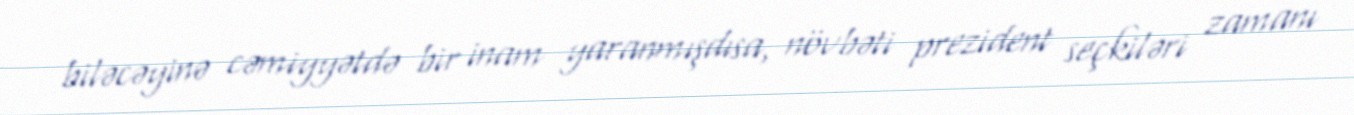
biləcəyinə cəmiyyətdə bir inam yaranmışdısa, növbəti prezident seçkiləri zamanı